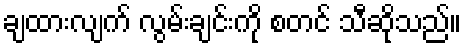
ချထားလျက် လွမ်းချင်းကို စတင် သီဆိုသည်။